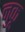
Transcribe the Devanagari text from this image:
नुकू